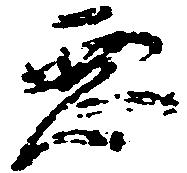
悪